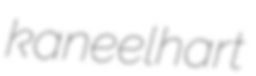
kaneelhart